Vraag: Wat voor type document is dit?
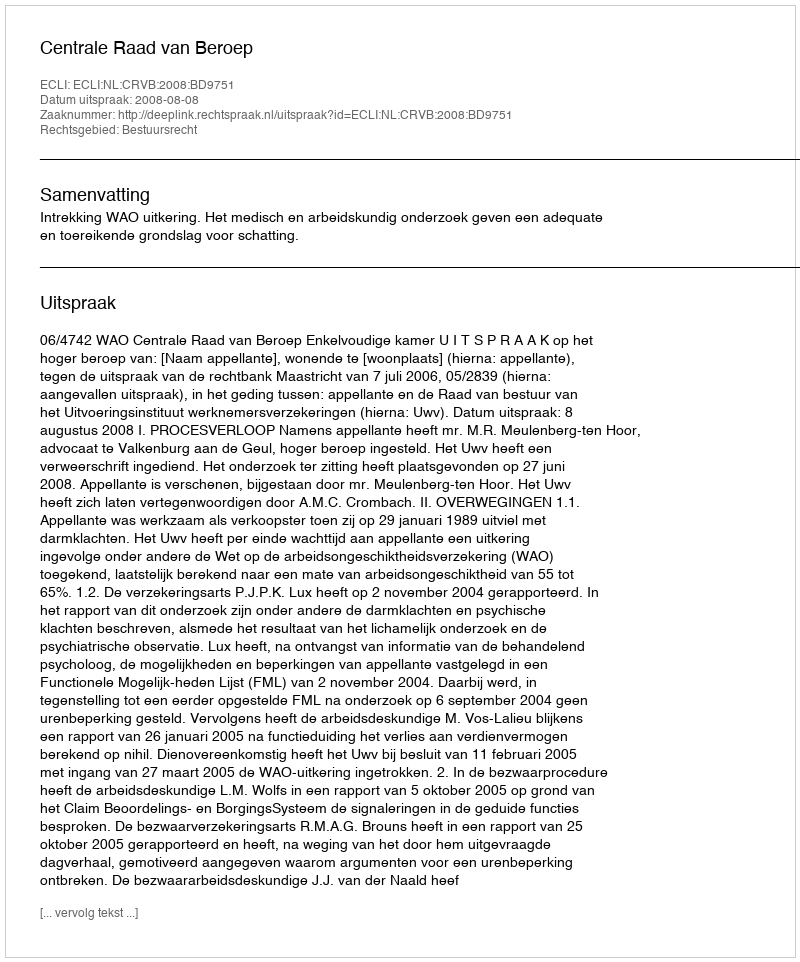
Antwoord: Uitspraak